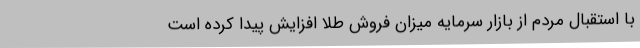
با استقبال مردم از بازار سرمایه میزان فروش طلا افزایش پیدا کرده است